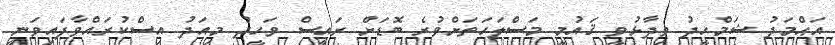
އަޙްމަދު ޝަމްހީދު ވިދާޅުވީ ޤައުމީ މަސްލަހަތަށްވުރެ ބޮޑަށް ރައީސް ވަހީދު މިއަދު އިސްކުރައްވާފައިވަނީ